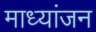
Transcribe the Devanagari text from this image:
माध्यांजन